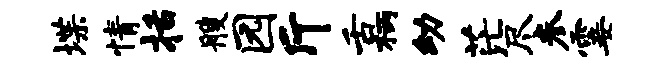
堞情括艘园斤舌柄幼茫尽参霎